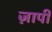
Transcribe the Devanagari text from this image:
ज़ापी